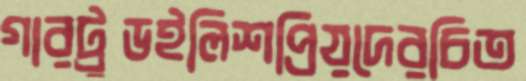
গারট্রুডইলিশপ্রিয়দেরচিত